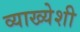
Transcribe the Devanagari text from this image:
व्याख्येशी